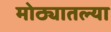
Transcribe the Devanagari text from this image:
मोठ्यातल्या